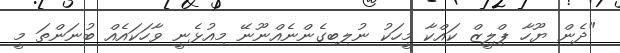
"ދެން ޔޫހާ ޕްލީޒް ކައްކާ މީހަކު ނުލިބިގެންނެއްނޫނޭ މިއުޅެނީ ވާހަކައެއް ބުނަންތަ މީ